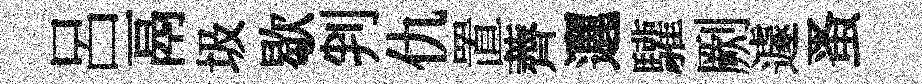
呂鬲圾歇判仇置薺邐驩劂遽蚤